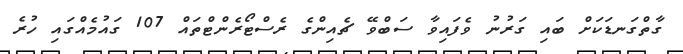
ގާތްގަނޑަކަށް ބައި ގަރުނު ވެފައިވާ ސަބްވޭ ޗެއިންގެ ރެސްޓޯރެންޓްތައް 107 ގައުމެއްގައި ހުރެ